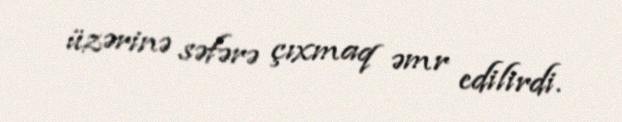
üzərinə səfərə çıxmaq əmr edilirdi.